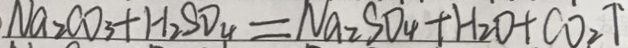
N a _ { 2 } C O _ { 3 } + H _ { 2 } S O _ { 4 } = N a _ { 2 } S O _ { 4 } + H _ { 2 } O + C O _ { 2 } \uparrow